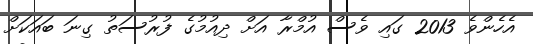
އެހެންވެ 2013 ގައި ވެސް އުމްރާ އަށް ދިއުމުގެ ފުރުސަތު ގިނަ ބައަކަށް